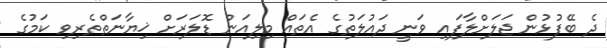
ދެ ބޭފުޅުން ޖަލަށްލާފައި ވަނީ ދައުލަތުގެ އެތައް މިލިއަން ޑޮލަރަށް ޚިޔާނަތްތެރިވި ކަމުގެ